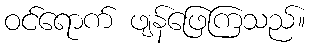
ဝင်ရောက် ဖျန်ဖြေကြသည်။